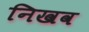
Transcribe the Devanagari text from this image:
निखव